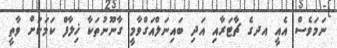
ނަމަވެސް އެއީ އދގެ ޗާޓަރާއި އަދި ބައިނަލްއަގްވާމީ ގާނޫނުތަކާ ޚިލާފް ކަމަކަށް ވާތީ